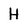
Character: H